Civil Veterinary Dept. Bombay admin report 1923-31 - 1923-1931
Year: 1923
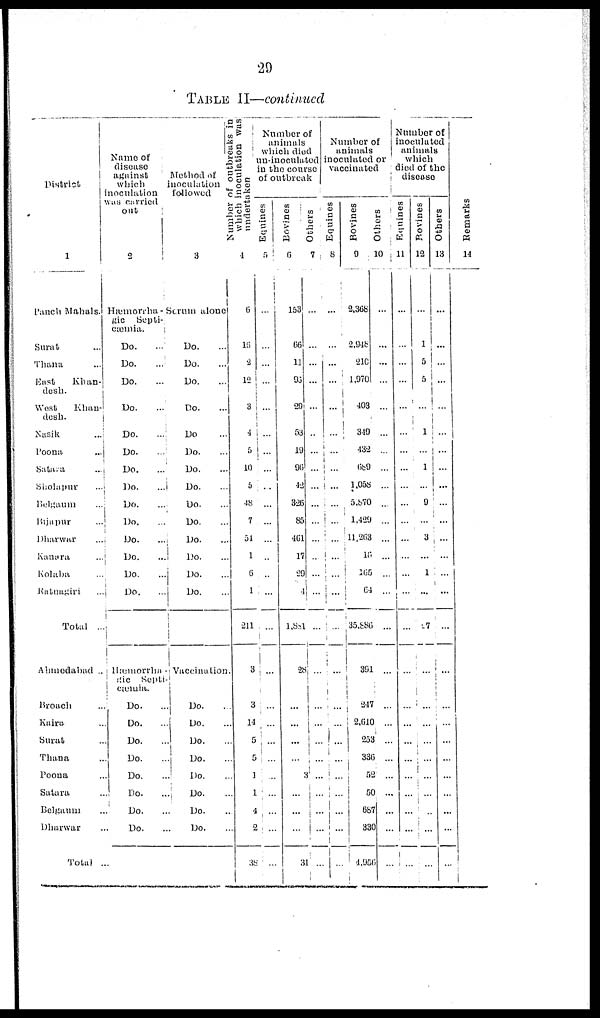
29
TABLE II—continued
District
1
Panch Mahals.
Surat ...
Thana ...
East
Khan-
desh.
West
Khan-
desh.
Nasik ...
Poona ...
Satara ...
Sholapur ...
Belgaum ...
Bijapur ...
Dharwar ...
Kanara ...
Kolaba ...
Ratnagiri ...
Total ..
Ahmedabad ...
Broach ...
Kaira ...
Surat ...
Thana ...
Poona ...
Satara ...
Belgaum ...
Dharwar ...
Total...
Name of
disease
against
which
inoculation
was carried
out
2
Hæmorrha-
gic
Septi-
cæmia.
Do. ...
Do. ...
Do....
Do....
Do. ...
Do....
Do. ...
Do....
Do.
...
Do....
Do....
Do....
Do....
Do....
Hæmorrha -
gic
Septi-
cæmia.
Do. ...
Do....
Do....
Do....
Do....
Do....
Do. ...
Do....
Method of
inoculation
followed
3
Scrum alone
Do....
Do....
Do....
Do....
Do....
Do....
Do....
Do....
Do. ...
Do....
Do....
Do....
Do....
Do....
Vaccination
Do....
Do....
Do....
Do. ...
Do. ...
Do. ...
Do....
Do....
Number of outbreaks in
which inoculation was
undertaken
4
6
18
2
12
3
4
5
10
5
48
7
54
1
6
1
211
3
3
14
5
5
1
1
4
2
38
Number of
animals
which died
un-inoculated
in the course
of outbreak
Equines
5
...
...
...
...
...
...
...
...
...
...
...
...
..
..
...
...
...
...
...
...
...
...
...
...
...
Bovines
6
153
66
11
93
29
53
19
96
42
326
85
461
17
29
4
1,881
2b
...
...
...
...
...
...
...
...
3
Others
7
...
...
...
...
...
...
...
...
...
...
...
...
...
...
...
...
...
...
...
...
...
...
...
...
...
...
Number of
animals
inoculated or
vaccinated
Equines
8
...
...
...
...
...
...
...
...
...
...
...
...
...
...
...
...
...
...
...
...
...
...
...
...
...
Bovines
9
2,368
2,948
210
1,970
403
349
432
689
1,058
5,870
1,429
11,263
16
165
64
35,886
391
247
2,610
258
336
52
50
687
330
4,956
Others
10
...
...
...
...
...
...
...
...
...
...
...
...
...
...
...
...
...
...
...
...
...
...
...
...
...
Number of
inoculated
animals
which
died of the
disease
Equines
11
...
...
...
...
...
...
...
...
...
...
...
...
...
...
...
...
...
...
...
...
...
...
...
...
...
Bovines
12
...
1
5
5
...
1
...
1
...
9
...
3
...
1
...
27
...
...
...
...
...
...
...
...
...
Others
13
...
...
...
...
...
...
...
...
...
...
...
...
...
...
...
...
...
...
...
...
...
...
...
...
...
...
Remarks
14